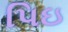
પિઇ